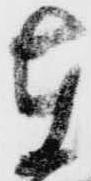
在